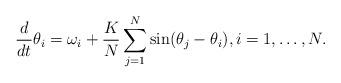
LaTeX: \begin{align*}\frac{d}{dt}\theta_i=\omega_i+\frac{K}{N}\sum_{j=1}^N\sin(\theta_j-\theta_i), i=1,\ldots,N. \end{align*}